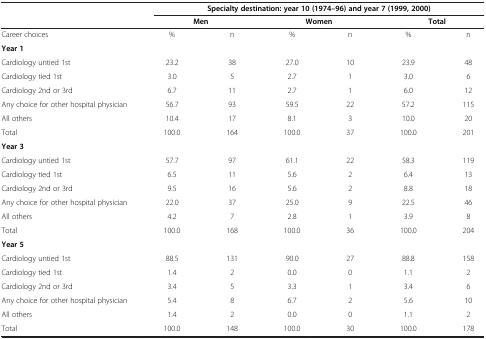
|  | <COLSPAN=6> Specialty destination: year 10 (1974–96) and year 7 (1999, 2000) |
 |  | <COLSPAN=2> Men | <COLSPAN=2> Women | <COLSPAN=2> Total |
 | --- | --- | --- | --- | --- | --- | --- |
 | Career choices | % | n | % | n | % | n |
 | Year 1 |  |  |  |  |  |  |
 | Cardiology untied 1st | 23.2 | 38 | 27.0 | 10 | 23.9 | 48 |
 | Cardiology tied 1st | 3.0 | 5 | 2.7 | 1 | 3.0 | 6 |
 | Cardiology 2nd or 3rd | 6.7 | 11 | 2.7 | 1 | 6.0 | 12 |
 | Any choice for other hospital physician | 56.7 | 93 | 59.5 | 22 | 57.2 | 115 |
 | All others | 10.4 | 17 | 8.1 | 3 | 10.0 | 20 |
 | Total | 100.0 | 164 | 100.0 | 37 | 100.0 | 201 |
 | Year 3 |  |  |  |  |  |  |
 | Cardiology untied 1st | 57.7 | 97 | 61.1 | 22 | 58.3 | 119 |
 | Cardiology tied 1st | 6.5 | 11 | 5.6 | 2 | 6.4 | 13 |
 | Cardiology 2nd or 3rd | 9.5 | 16 | 5.6 | 2 | 8.8 | 18 |
 | Any choice for other hospital physician | 22.0 | 37 | 25.0 | 9 | 22.5 | 46 |
 | All others | 4.2 | 7 | 2.8 | 1 | 3.9 | 8 |
 | Total | 100.0 | 168 | 100.0 | 36 | 100.0 | 204 |
 | Year 5 |  |  |  |  |  |  |
 | Cardiology untied 1st | 88.5 | 131 | 90.0 | 27 | 88.8 | 158 |
 | Cardiology tied 1st | 1.4 | 2 | 0.0 | 0 | 1.1 | 2 |
 | Cardiology 2nd or 3rd | 3.4 | 5 | 3.3 | 1 | 3.4 | 6 |
 | Any choice for other hospital physician | 5.4 | 8 | 6.7 | 2 | 5.6 | 10 |
 | All others | 1.4 | 2 | 0.0 | 0 | 1.1 | 2 |
 | Total | 100.0 | 148 | 100.0 | 30 | 100.0 | 178 |